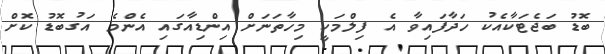
ބޮޑު ބަޖެޓަކާއެކު ހަދާފައިވާ އެ ފިލްމަކީ މިހާތަނަށް އިންޑިއާގައި އެންމެ އަގުބޮޑު ކޮށް